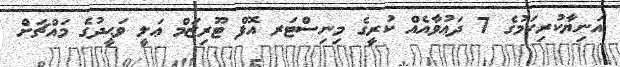
އަނިޔާކުރިކަމުގެ 7 ދަޢުވާއެއް ކުރީގެ މިނިސްޓަރ އޮފް ޓޫރިޒަމް ޢަލީ ވަޙީދުގެ މައްޗަށް